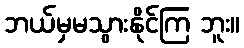
ဘယ်မှမသွားနိုင်ကြ ဘူး။